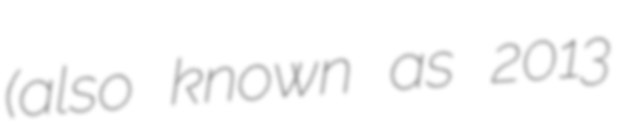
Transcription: (also known as 2013